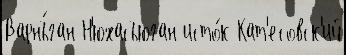
Варнъ́ган Н'юхасъюган исто́к Кат'есовск'ий